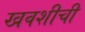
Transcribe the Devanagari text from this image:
खवशीची